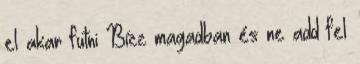
el akar futni Bízz magadban és ne add fel